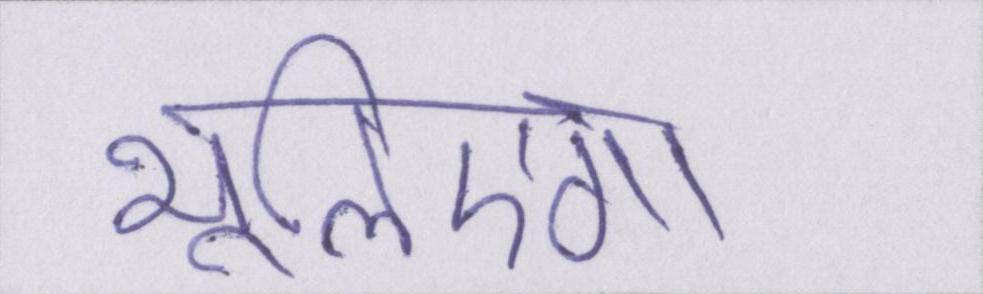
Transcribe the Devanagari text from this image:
भूलिएगा।